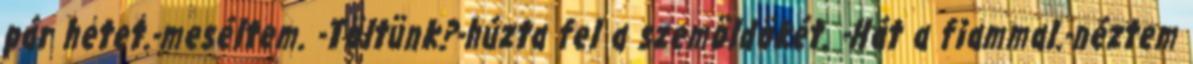
pár hetet.-meséltem. -Töltünk?-húzta fel a szemöldökét. -Hát a fiammal.-néztem